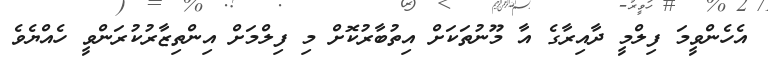
އެހެންވީމަ ފިލްމީ ދާއިރާގެ އާ މޫނުތަކަށް އިތުބާރުކޮށް މި ފިލްމަށް އިންތިޒާރުކުރަންވީ ހެއްޔެވެ